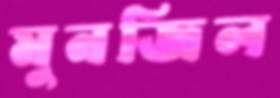
মুনজিল